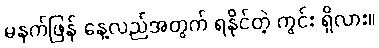
မနက်ဖြန် နေ့လည်အတွက် ရနိုင်တဲ့ ကွင်း ရှိလား။